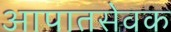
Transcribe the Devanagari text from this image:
आपातसेवक